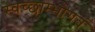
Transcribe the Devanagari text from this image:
स्वच्छाम्भोगतं